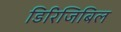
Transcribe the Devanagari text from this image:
डिरिजिबिल